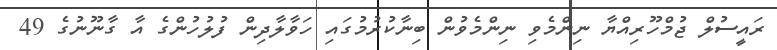
ރައީސުލް ޖުމްހޫރިއްޔާ ނިންމެވި ނިންމެވުން ބިނާކުރުމުގައި ހަވާލާދިން ފުލުހުންގެ އާ ގާނޫނުގެ 49